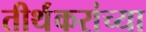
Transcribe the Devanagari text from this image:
तीर्थंकरांच्या